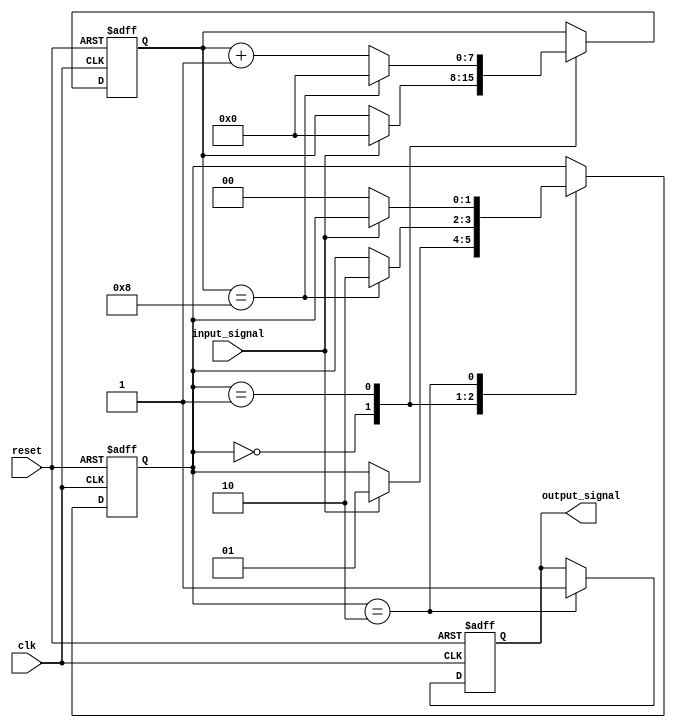
module debounce_circuit(
    input wire clk,
    input wire reset,
    input wire input_signal,
    output reg output_signal
);

reg [1:0] state;
reg [7:0] counter;

parameter DEBOUNCE_DELAY = 8;

always @(posedge clk or posedge reset) begin
    if (reset) begin
        state <= 2'b00;
        counter <= 8'd0;
        output_signal <= 1'b0;
    end else begin
        case(state)
            2'b00: begin // Waiting for input signal to stabilize
                if (input_signal) begin
                    state <= 2'b01;
                    counter <= 8'd0;
                end
            end
            2'b01: begin // Signal detected, start debounce delay
                if (counter == DEBOUNCE_DELAY) begin
                    state <= 2'b10;
                    counter <= 8'd0;
                end else begin
                    counter <= counter + 1;
                end
            end
            2'b10: begin // Output signal stable
                output_signal <= 1;
                if (!input_signal) begin
                    state <= 2'b00;
                end
            end
        endcase
    end
end

endmodule